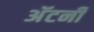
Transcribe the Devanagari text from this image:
अॅटर्नी